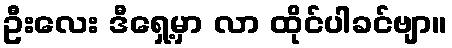
ဦးလေး ဒီရှေ့မှာ လာ ထိုင်ပါခင်ဗျာ။